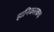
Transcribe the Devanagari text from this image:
हानिकारकच